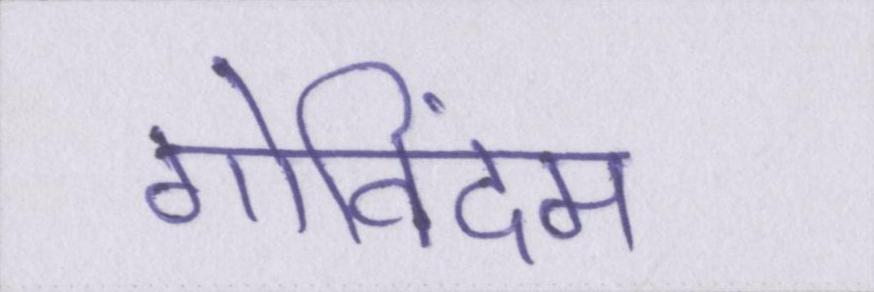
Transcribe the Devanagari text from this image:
गोविंदम